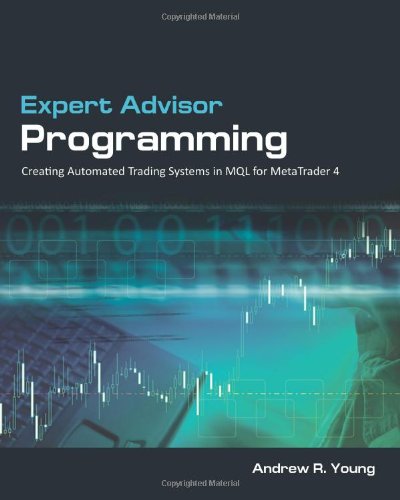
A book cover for Expert Advisor Programming: Creating Automated Trading Systems in MQL for MetaTrader 4; Andrew R. Young; Business & Money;